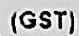
(GST)